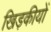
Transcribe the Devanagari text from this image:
खिड़कीयों